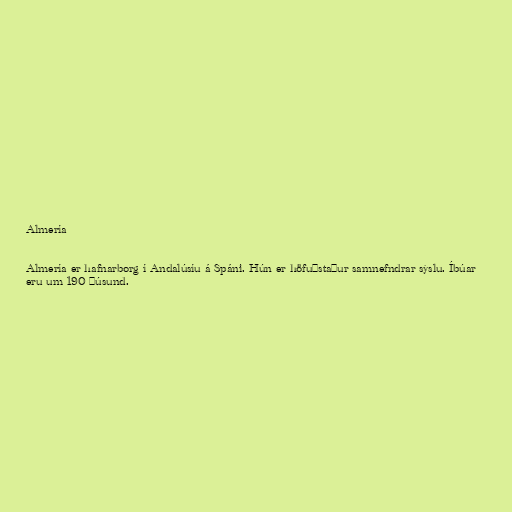
Almería

Almería er hafnarborg í Andalúsíu á Spáni. Hún er höfuðstaður samnefndrar sýslu. Íbúar
eru um 190 þúsund.